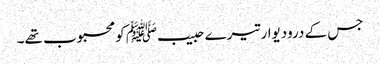
جس کے درودیوار تیرے حبیبﷺ کو محبوب تھے۔